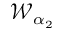
{ \mathcal W } _ { \alpha _ { 2 } }